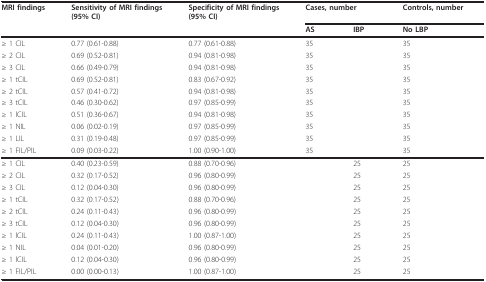
<table><thead><tr><td><b>MRI findings</b></td><td><b>Sensitivity of MRI findings(95% CI)</b></td><td><b>Specificity of MRI findings(95% CI)</b></td><td colspan="2"><b>Cases, number</b></td><td><b>Controls, number</b></td></tr><tr><td></td><td></td><td></td><td><b>AS</b></td><td><b>IBP</b></td><td><b>No LBP</b></td></tr></thead><tbody><tr><td>≥ 1 CIL</td><td>0.77 (0.61-0.88)</td><td>0.77 (0.61-0.88)</td><td>35</td><td></td><td>35</td></tr><tr><td>≥ 2 CIL</td><td>0.69 (0.52-0.81)</td><td>0.94 (0.81-0.98)</td><td>35</td><td></td><td>35</td></tr><tr><td>≥ 3 CIL</td><td>0.66 (0.49-0.79)</td><td>0.94 (0.81-0.98)</td><td>35</td><td></td><td>35</td></tr><tr><td>≥ 1 tCIL</td><td>0.69 (0.52-0.81)</td><td>0.83 (0.67-0.92)</td><td>35</td><td></td><td>35</td></tr><tr><td>≥ 2 tCIL</td><td>0.57 (0.41-0.72)</td><td>0.94 (0.81-0.98)</td><td>35</td><td></td><td>35</td></tr><tr><td>≥ 3 tCIL</td><td>0.46 (0.30-0.62)</td><td>0.97 (0.85-0.99)</td><td>35</td><td></td><td>35</td></tr><tr><td>≥ 1 lCIL</td><td>0.51 (0.36-0.67)</td><td>0.94 (0.81-0.98)</td><td>35</td><td></td><td>35</td></tr><tr><td>≥ 1 NIL</td><td>0.06 (0.02-0.19)</td><td>0.97 (0.85-0.99)</td><td>35</td><td></td><td>35</td></tr><tr><td>≥ 1 LIL</td><td>0.31 (0.19-0.48)</td><td>0.97 (0.85-0.99)</td><td>35</td><td></td><td>35</td></tr><tr><td>≥ 1 FIL/PIL</td><td>0.09 (0.03-0.22)</td><td>1.00 (0.90-1.00)</td><td>35</td><td></td><td>35</td></tr><tr><td>≥ 1 CIL</td><td>0.40 (0.23-0.59)</td><td>0.88 (0.70-0.96)</td><td></td><td>25</td><td>25</td></tr><tr><td>≥ 2 CIL</td><td>0.32 (0.17-0.52)</td><td>0.96 (0.80-0.99)</td><td></td><td>25</td><td>25</td></tr><tr><td>≥ 3 CIL</td><td>0.12 (0.04-0.30)</td><td>0.96 (0.80-0.99)</td><td></td><td>25</td><td>25</td></tr><tr><td>≥ 1 tCIL</td><td>0.32 (0.17-0.52)</td><td>0.88 (0.70-0.96)</td><td></td><td>25</td><td>25</td></tr><tr><td>≥ 2 tCIL</td><td>0.24 (0.11-0.43)</td><td>0.96 (0.80-0.99)</td><td></td><td>25</td><td>25</td></tr><tr><td>≥ 3 tCIL</td><td>0.12 (0.04-0.30)</td><td>0.96 (0.80-0.99)</td><td></td><td>25</td><td>25</td></tr><tr><td>≥ 1 lCIL</td><td>0.24 (0.11-0.43)</td><td>1.00 (0.87-1.00)</td><td></td><td>25</td><td>25</td></tr><tr><td>≥ 1 NIL</td><td>0.04 (0.01-0.20)</td><td>0.96 (0.80-0.99)</td><td></td><td>25</td><td>25</td></tr><tr><td>≥ 1 lCIL</td><td>0.12 (0.04-0.30)</td><td>0.96 (0.80-0.99)</td><td></td><td>25</td><td>25</td></tr><tr><td>≥ 1 FIL/PIL</td><td>0.00 (0.00-0.13)</td><td>1.00 (0.87-1.00)</td><td></td><td>25</td><td>25</td></tr></tbody></table>